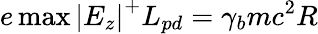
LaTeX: e\operatorname*{max}\left|E_{z}\right|^{+}L_{pd}=\gamma_{b}mc^{2}R